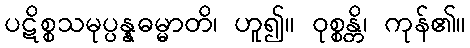
ပဋိစ္စသမုပ္ပန္နဓမ္မာတိ၊ ဟူ၍။ ဝုစ္စန္တိ၊ ကုန်၏။